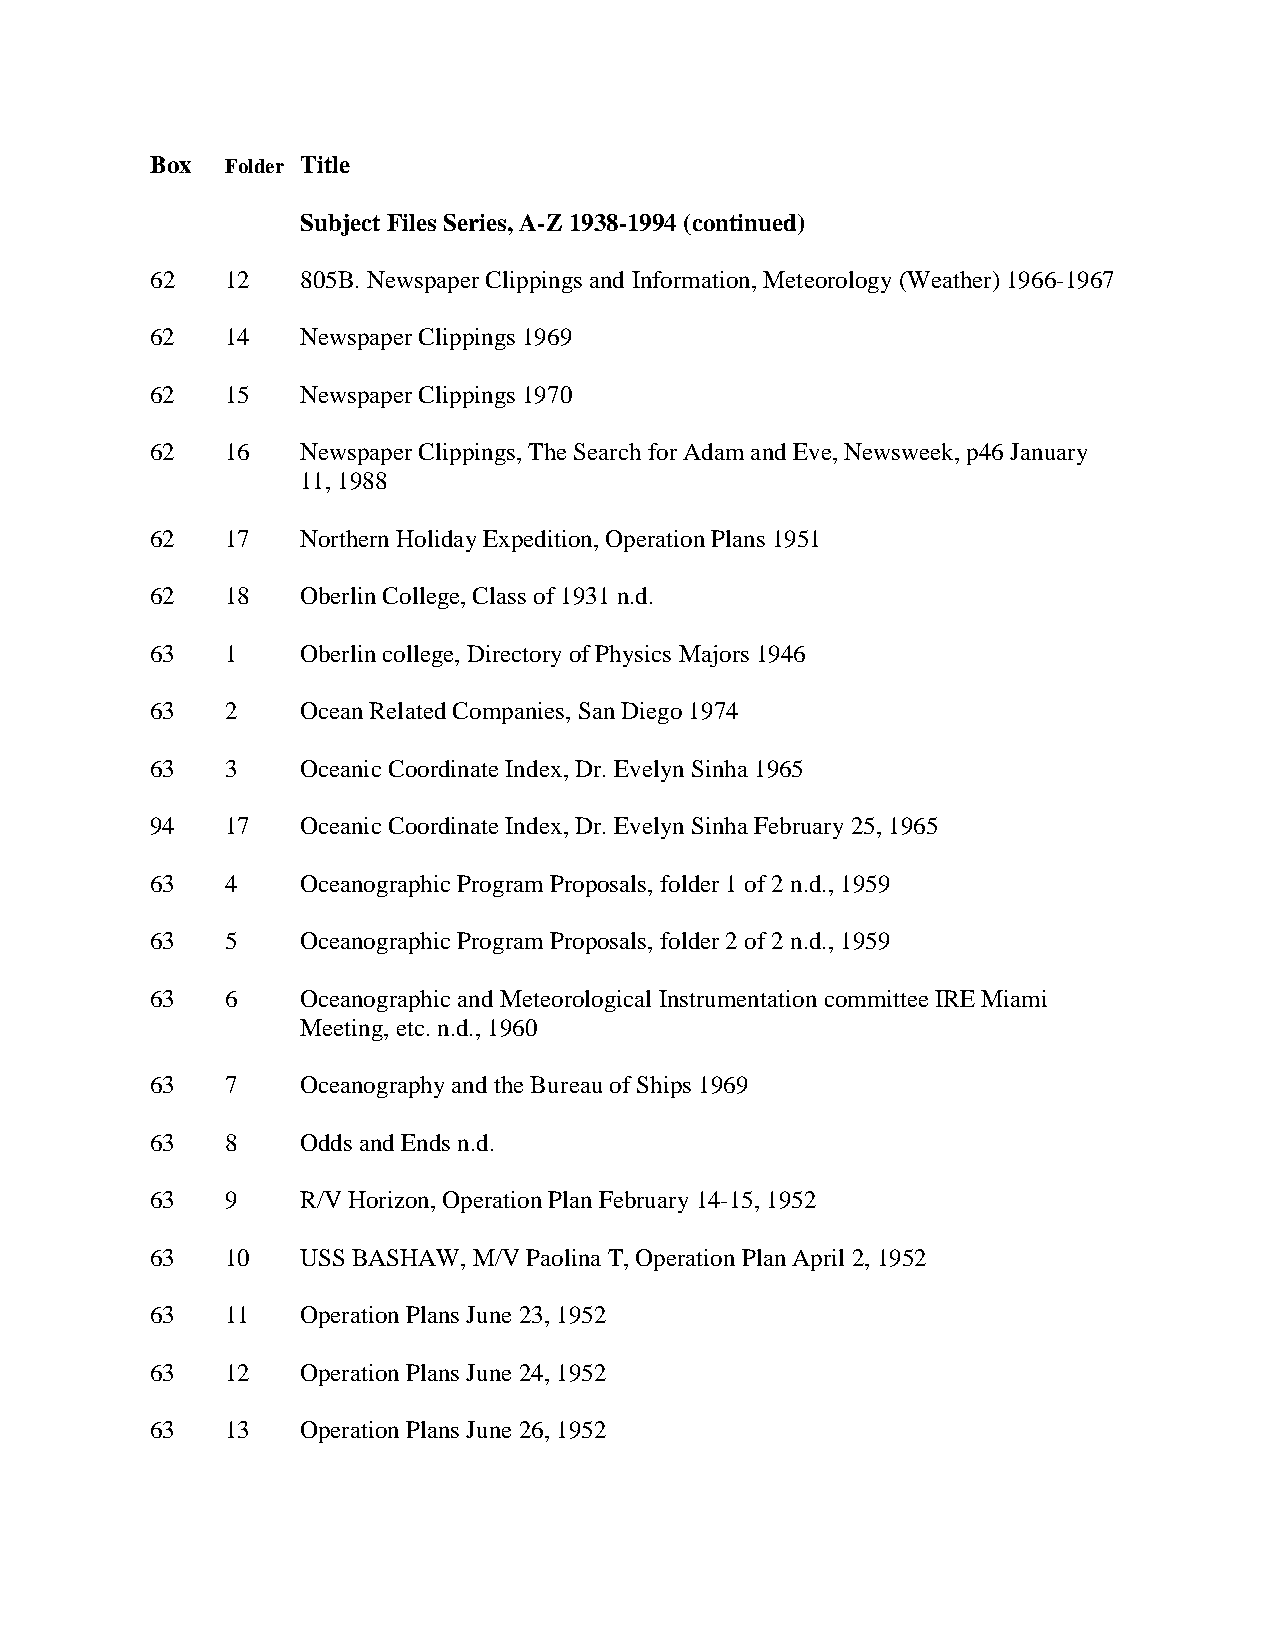
Box  Folder Title
 Subject Files Series, A-Z 1938-1994 (continued)
 62   12   805B. Newspaper Clippings and Information, Meteorology (Weather) 1966-1967
 62   14   Newspaper Clippings 1969
 62   15   Newspaper Clippings 1970
 62   16   Newspaper Clippings, The Search for Adam and Eve, Newsweek, p46 January
 11, 1988
 62   17   Northern Holiday Expedition, Operation Plans 1951
 62   18   Oberlin College, Class of 1931 n.d.
 63   1    Oberlin college, Directory of Physics Majors 1946
 63   2    Ocean Related Companies, San Diego 1974
 63   3    Oceanic Coordinate Index, Dr. Evelyn Sinha 1965
 94   17   Oceanic Coordinate Index, Dr. Evelyn Sinha February 25, 1965
 63   4    Oceanographic Program Proposals, folder 1 of 2 n.d., 1959
 63   5    Oceanographic Program Proposals, folder 2 of 2 n.d., 1959
 63   6    Oceanographic and Meteorological Instrumentation committee IRE Miami
 Meeting, etc. n.d., 1960
 63   7    Oceanography and the Bureau of Ships 1969
 63   8    Odds and Ends n.d.
 63   9    R/V Horizon, Operation Plan February 14-15, 1952
 63   10   USS BASHAW, M/V Paolina T, Operation Plan April 2, 1952
 63   11   Operation Plans June 23, 1952
 63   12   Operation Plans June 24, 1952
 63   13   Operation Plans June 26, 1952